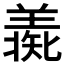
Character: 𦎶